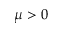
\mu > 0